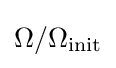
\Omega /\Omega _{\text{init}}